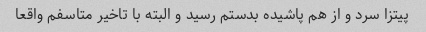
پیتزا سرد و از هم پاشیده بدستم رسید و البته با تاخیر متاسفم واقعا